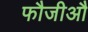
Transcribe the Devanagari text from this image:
फौजीऔ